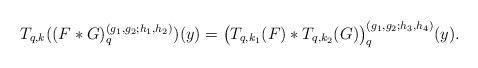
LaTeX: \begin{align*}T_{q, k}((F*G)_{q}^{(g_1,g_2;h_1,h_2)})(y)= \big(T_{q, k_1}(F)*T_{q, k_2}(G)\big)_{q}^{(g_1,g_2;h_3,h_4)} (y).\end{align*}